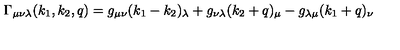
\Gamma _ { \mu \nu \lambda } ( k _ { 1 } , k _ { 2 } , q ) = g _ { \mu \nu } ( k _ { 1 } - k _ { 2 } ) _ { \lambda } + g _ { \nu \lambda } ( k _ { 2 } + q ) _ { \mu } - g _ { \lambda \mu } ( k _ { 1 } + q ) _ { \nu }